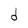
Character: d